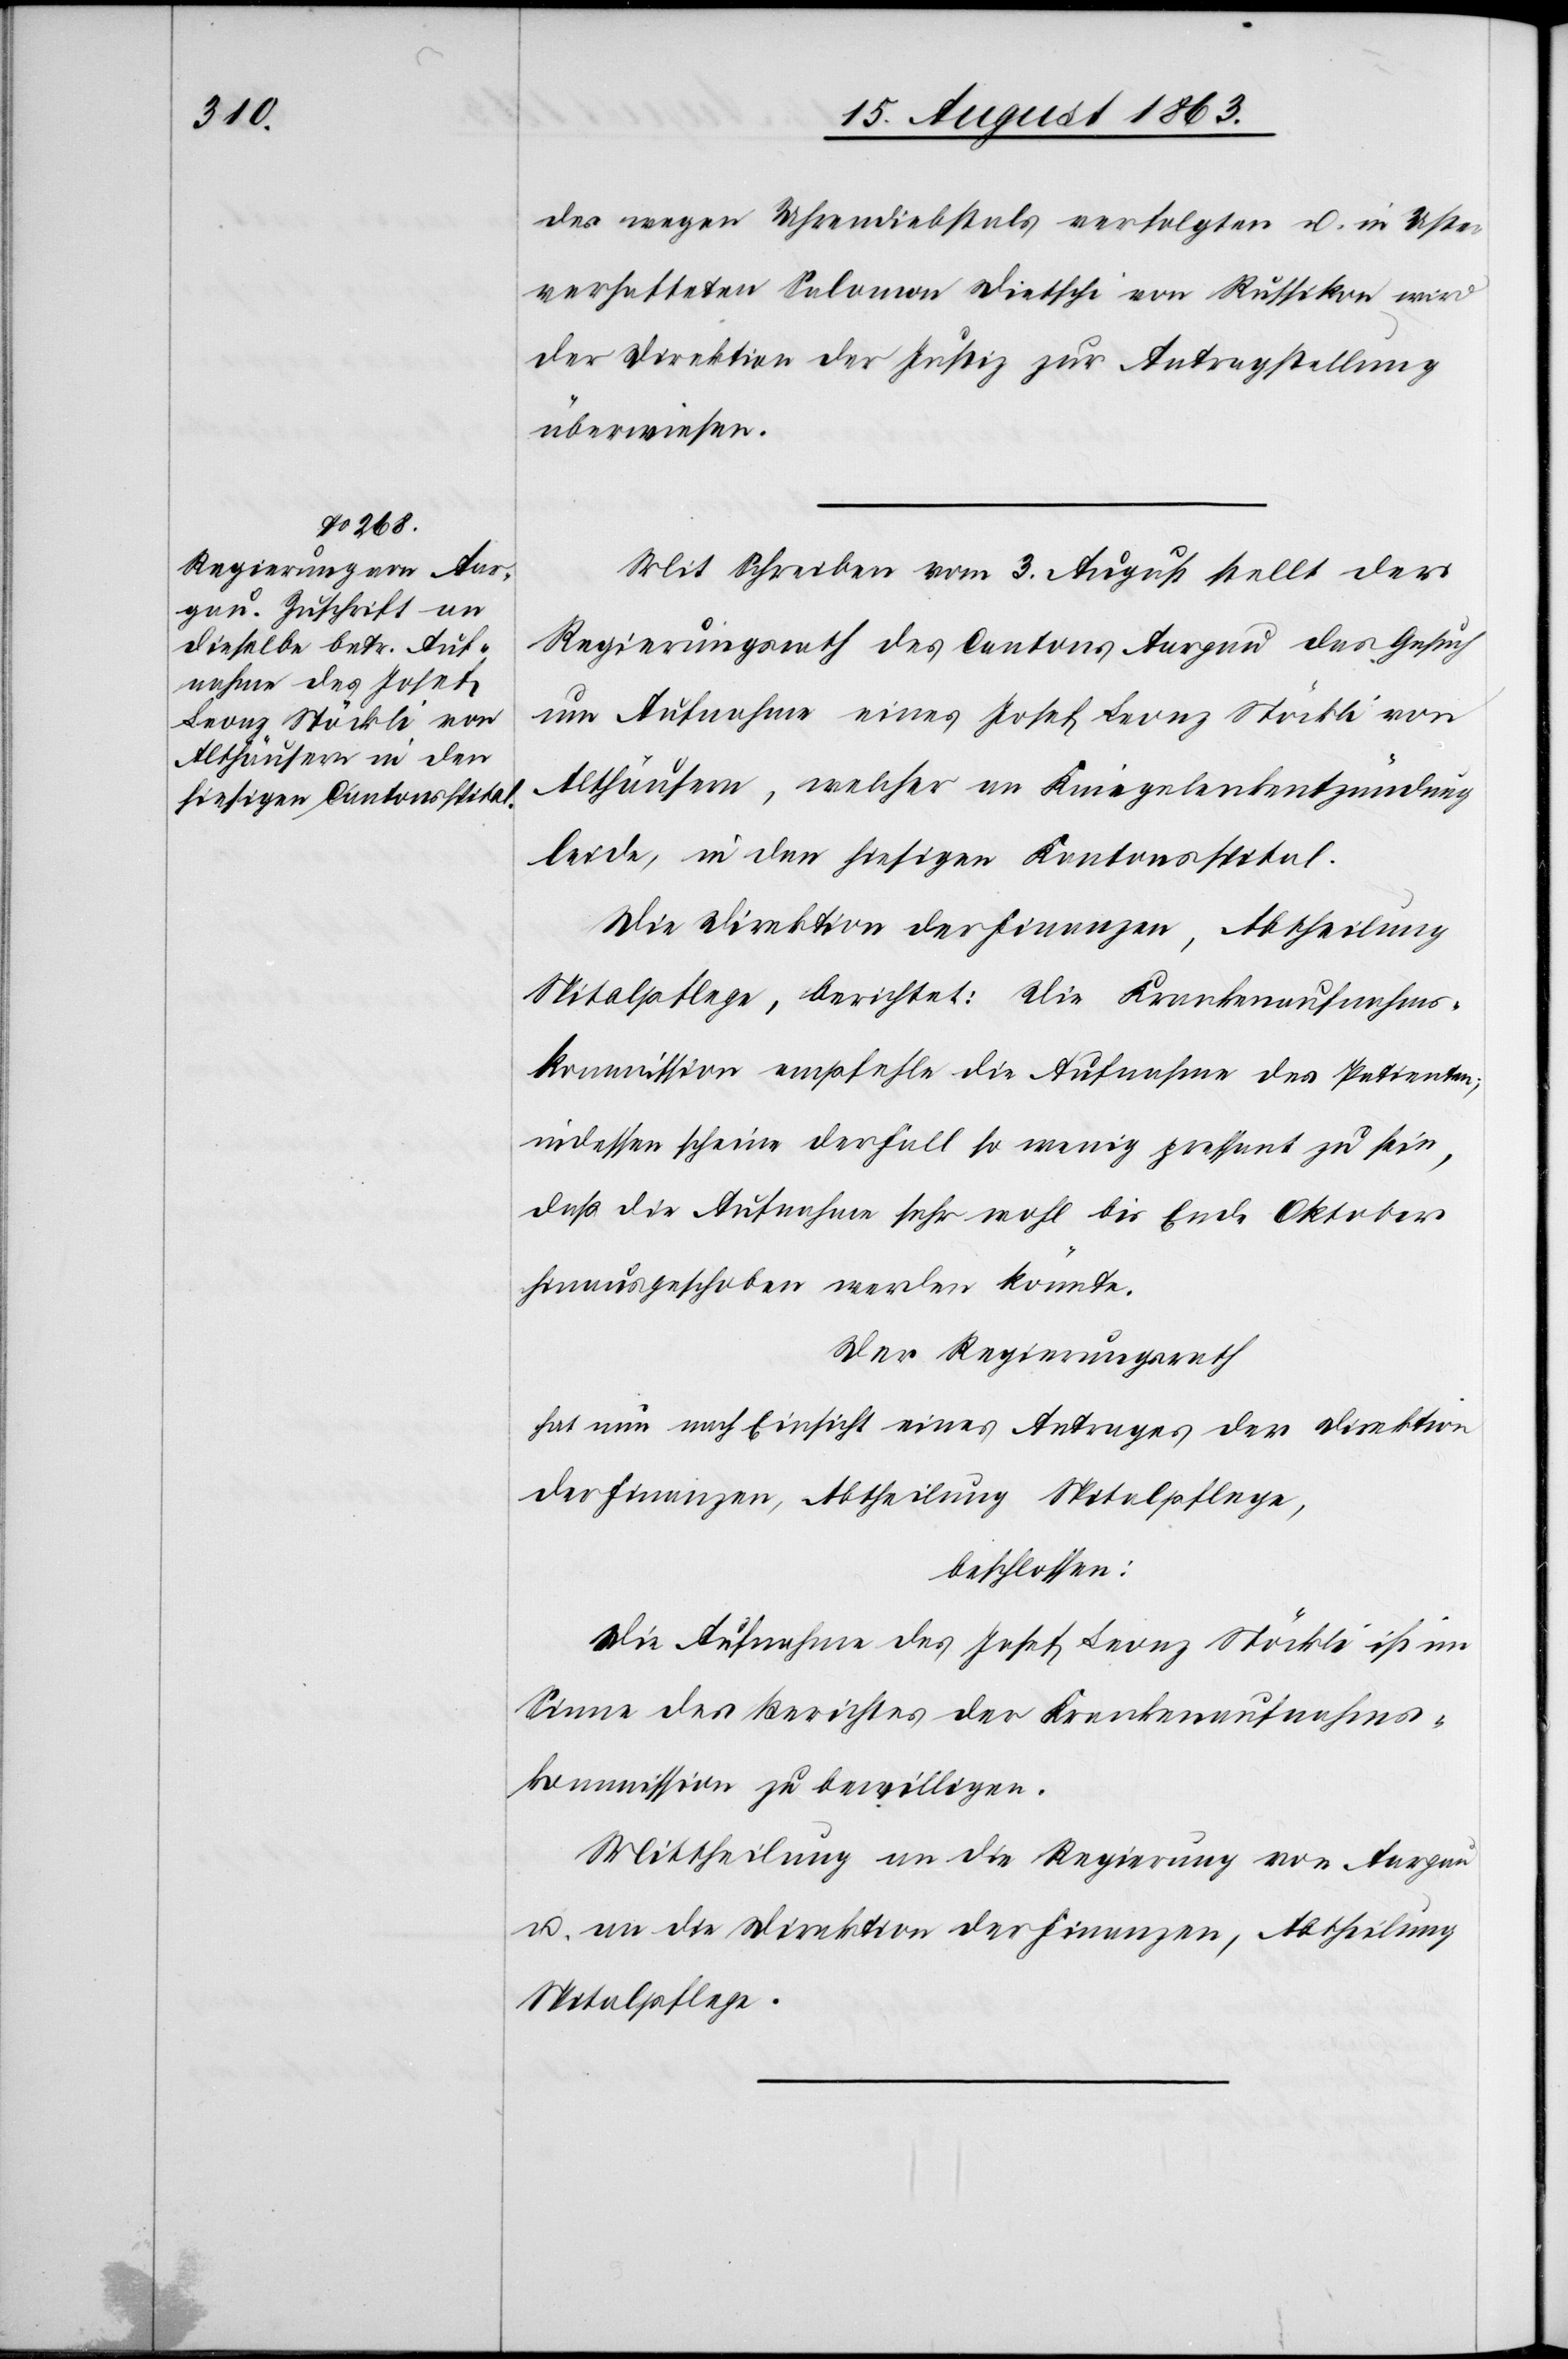
des wegen Uhrendiebstals verfolgten u. in Uster
verhafteten Salomon Dietschi von Russikon wird
der Direktion der Justiz zur Antragstellung
überwiesen.
Mit Schreiben vom 3. August stellt der
Regierungsrath des Cantons Aargau das Gesuch
um Aufnahme eines Josef Leonz Stöckli von
Althäusern, welcher an Kniegelenkentzündung
leide, in den hiesigen Kantonsspital.
Die Direktion der Finanzen, Abtheilung
Spitalpflege, berichtet: Die Krankenaufnahms¬
kommission empfehle die Aufnahme des Patienten;
indessen scheine der Fall so wenig pressant zu sein,
daß die Aufnahme sehr wohl bis Ende Oktober
hinausgeschoben werden könnte.
Der Regierungsrath
hat nun nach Einsicht eines Antrages der Direktion
der Finanzen, Abtheilung Spitalpflege,
beschlossen:
Die Aufnahme des Josef Leonz Stöckli ist im
Sinne des Berichtes der Krankenaufnahms¬
kommission zu bewilligen.
Mittheilung an die Regierung von Aargau
u. an die Direktion der Finanzen, Abtheilung
Spitalpflege.